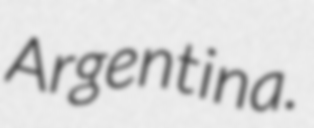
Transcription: Argentina.